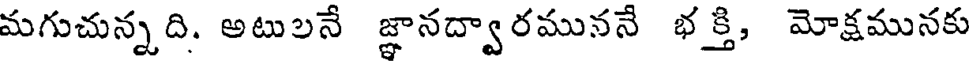
మగుచున్నది. అటులనే జ్ఞానద్వారముననే భక్తి, మోక్షమునకు